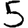
Digit: 5